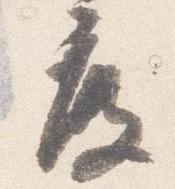
度